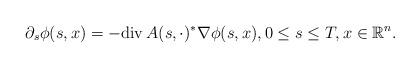
LaTeX: \begin{align*}\partial_s \phi(s,x)=-{\rm div}\,A(s,\cdot)^*\nabla \phi(s,x),0\leq s \leq T, x\in {\mathbb{R}}^n.\\\end{align*}